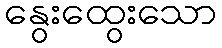
နွေးထွေးသော